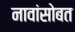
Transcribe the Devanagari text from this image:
नावांसोबत